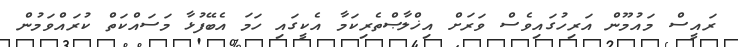
ރައީސް މައުމޫން އަރިހުގައިވެސް ވަރަށް އިޚްލާޞްތެރިކަމާ އެކީގައި ހަމަ އެބޭފުޅާ މަސައްކަތް ކުރައްވަމުން